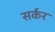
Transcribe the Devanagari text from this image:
सर्कर